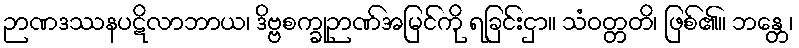
ဉာဏဒဿနပဋိလာဘာယ၊ ဒိဗ္ဗစက္ခုဉာဏ်အမြင်ကို ရခြင်းငှာ။ သံဝတ္တတိ၊ ဖြစ်၏။ ဘန္တေ၊